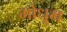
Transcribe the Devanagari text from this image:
गोधूम